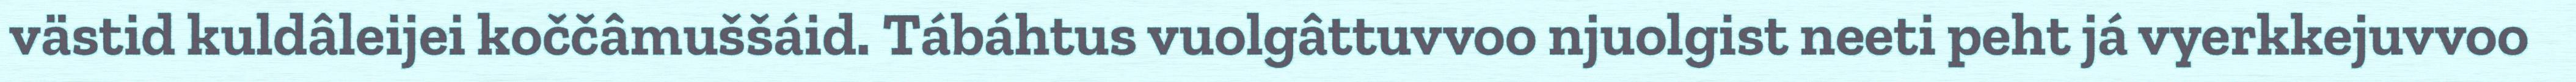
västid kuldâleijei koččâmuššáid. Tábáhtus vuolgâttuvvoo njuolgist neeti peht já vyerkkejuvvoo